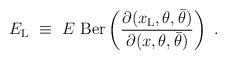
LaTeX: \begin{align*}E_{\rm L}\ \equiv\ E\ {\rm Ber}\left({\partial(x_{\rm L},\theta, \bar\theta)\over \partial(x, \theta, \bar\theta)}\right)\ .\end{align*}